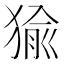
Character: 㺄